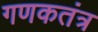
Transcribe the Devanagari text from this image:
गणकतंत्र